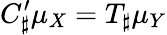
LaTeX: C_{\sharp}^{\prime}\mu_{X}=T_{\sharp}\mu_{Y}